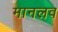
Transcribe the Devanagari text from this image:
मानलव